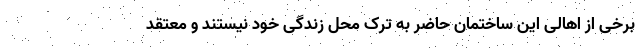
برخی از اهالی این ساختمان حاضر به ترک محل زندگی خود نیستند و معتقد